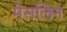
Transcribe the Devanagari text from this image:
मेसलिन